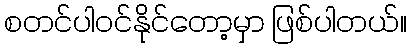
စတင်ပါဝင်နိုင်တော့မှာ ဖြစ်ပါတယ်။